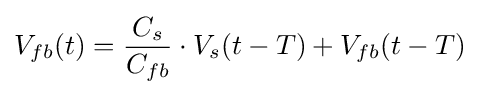
V_{fb}(t)={\frac {C_{s}}{C_{fb}}}\cdot V_{s}(t-T)+V_{fb}(t-T)